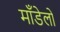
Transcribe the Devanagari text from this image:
माँडेलों